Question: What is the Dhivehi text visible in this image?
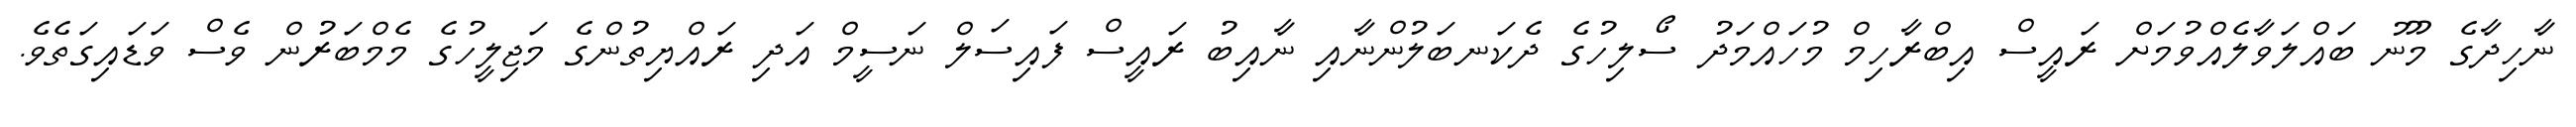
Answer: ނާހިދާގެ މޫނު ބައްލަވާލެއްވުމަށް ރައީސް އިބްރާހިމް މުހައްމަދު ސޯލިހުގެ ދެކަނބަލުންނާއި ނާއިބު ރައީސް ފައިސަލް ނަސީމް އަދި ރައްޔިތުންގެ މަޖިލީހުގެ މެމްބަރުން ވެސް ވަޑައިގަތެވެ.